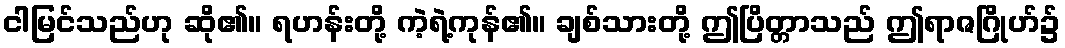
ငါမြင်သည်ဟု ဆို၏။ ရဟန်းတို့ ကဲ့ရဲ့ကုန်၏။ ချစ်သားတို့ ဤပြိတ္တာသည် ဤရာဇဂြိုဟ်၌